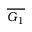
\overline { { G _ { 1 } } }